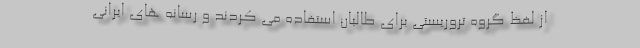
از لفظ گروه تروریستی برای طالبان استفاده می کردند و رسانه های ایرانی